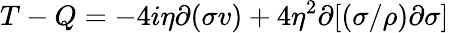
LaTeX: T-Q=-4i\eta\partial(\sigma v)+4\eta^{2}\partial[(\sigma/\rho)\partial\sigma]